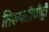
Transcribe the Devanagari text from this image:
तिरुपतीचीही